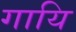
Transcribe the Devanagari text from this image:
गायि